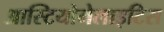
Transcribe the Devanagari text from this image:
आस्टियोमेलाइटिस